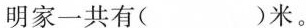
明家一共有( )米。